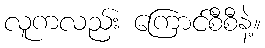
လူကလည်း ကြောင်စီစီနဲ့။